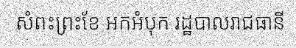
សំពះព្រះខែ អកអំបុក រដ្ឋបាលរាជធានី